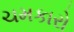
ચમકારો